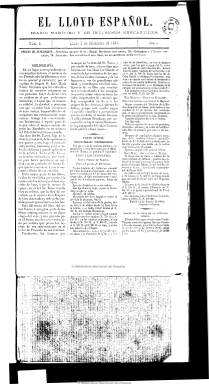
Título: El Lloyd español
Otros títulos: Lloyd de España
Colección: Economía || Periódicos
Ámbito geográfico: Barcelona
Lugar de publicación: Barcelona
Fechas: 02/09/1861-12/02/1868

Subtitulado “diario marítimo y de intereses mercantiles”, comienza a salir con esa periodicidad el uno de septiembre de 1861, con un término en su cabecera que se había hecho famoso a mediados de ese siglo aplicado a las entidades relacionadas con la marina mercante y el seguro marítimo inspiradas en el modelo británico. Sus contenidos se refieren preferentemente al tráfico marítimo y comercial.

En números de cuatro páginas, primero a tres columnas y después a cinco, está estructurado en diversas secciones. En la parte oficial, ofrece la normativa que promulga la Dirección de Hidrografía relativa a los faros y fanales; da cuenta también de los precios de los productos de los mercados nacionales y de los artículos de importación, del movimiento portuario tanto en Barcelona, como en los demás puertos españoles y extranjeros, cotizaciones de la bolsa y despachos telegráficos y correspondencia extranjera, además de anuncios comerciales.

Dirigido al principio por Andrés Calmuntia y teniendo como secretario de redacción a Manuel C. y Martínez, pasó a ser su propietario y director Leopoldo Palomino de Guzmán, y su secretario de redacción, Manuel Marsal, subtitulándose “diario político independiente, marítimo, comercial, industrial, literario y de avisos”, dando cabida también a editoriales y artículos de fondo, así como a gacetillas locales, crónicas parlamentarias, sección de espectáculos y, además, a la inclusión de algún folletín literario, así como crónicas comerciales e informes, preferentemente, sobre aspectos de la marina mercante.

No fue ajeno a los problemas que planteó la censura gubernamental y a partir del dos de junio de 1867 inicia nueva época bajo el título Lloyd de España. El último número de la colección corresponde al 12 de septiembre de 1868, días antes de la revolución que obliga a Isabel II al destierro.